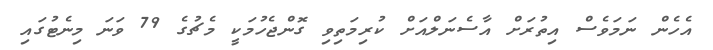
އެހެން ނަމަވެސް އިތުރަށް އާސެނަލްއަށް ކުރިމަތިވި ގޮންޖެހުމަކީ މެޗުގެ 79 ވަނަ މިނެޓުގައި